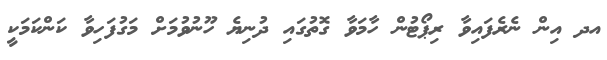
އދ އިން ނެރެފައިވާ ރިޕޯޓުން ހާމަވާ ގޮތުގައި ދުނިޔެ ހޫނުވުމަށް މަގުފަހިވާ ކަންކަމަކީ